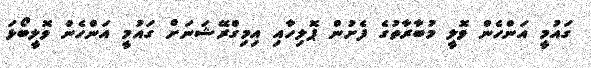
ގައުމީ އަންހެން ވޮލީ މުބާރާތުގެ ފެށުން ޕޮލިހާއި އިމިގްރޭޝަނަށް ގައުމީ އަންހެން ވޮލީބޯޅަ